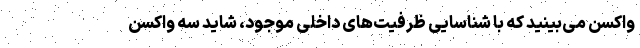
واکسن می‌بینید که با شناسایی ظرفیت‌های داخلی موجود، شاید سه واکسن